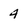
Character: 4